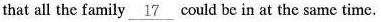
that all the family \underline{17} could be in at the same time.